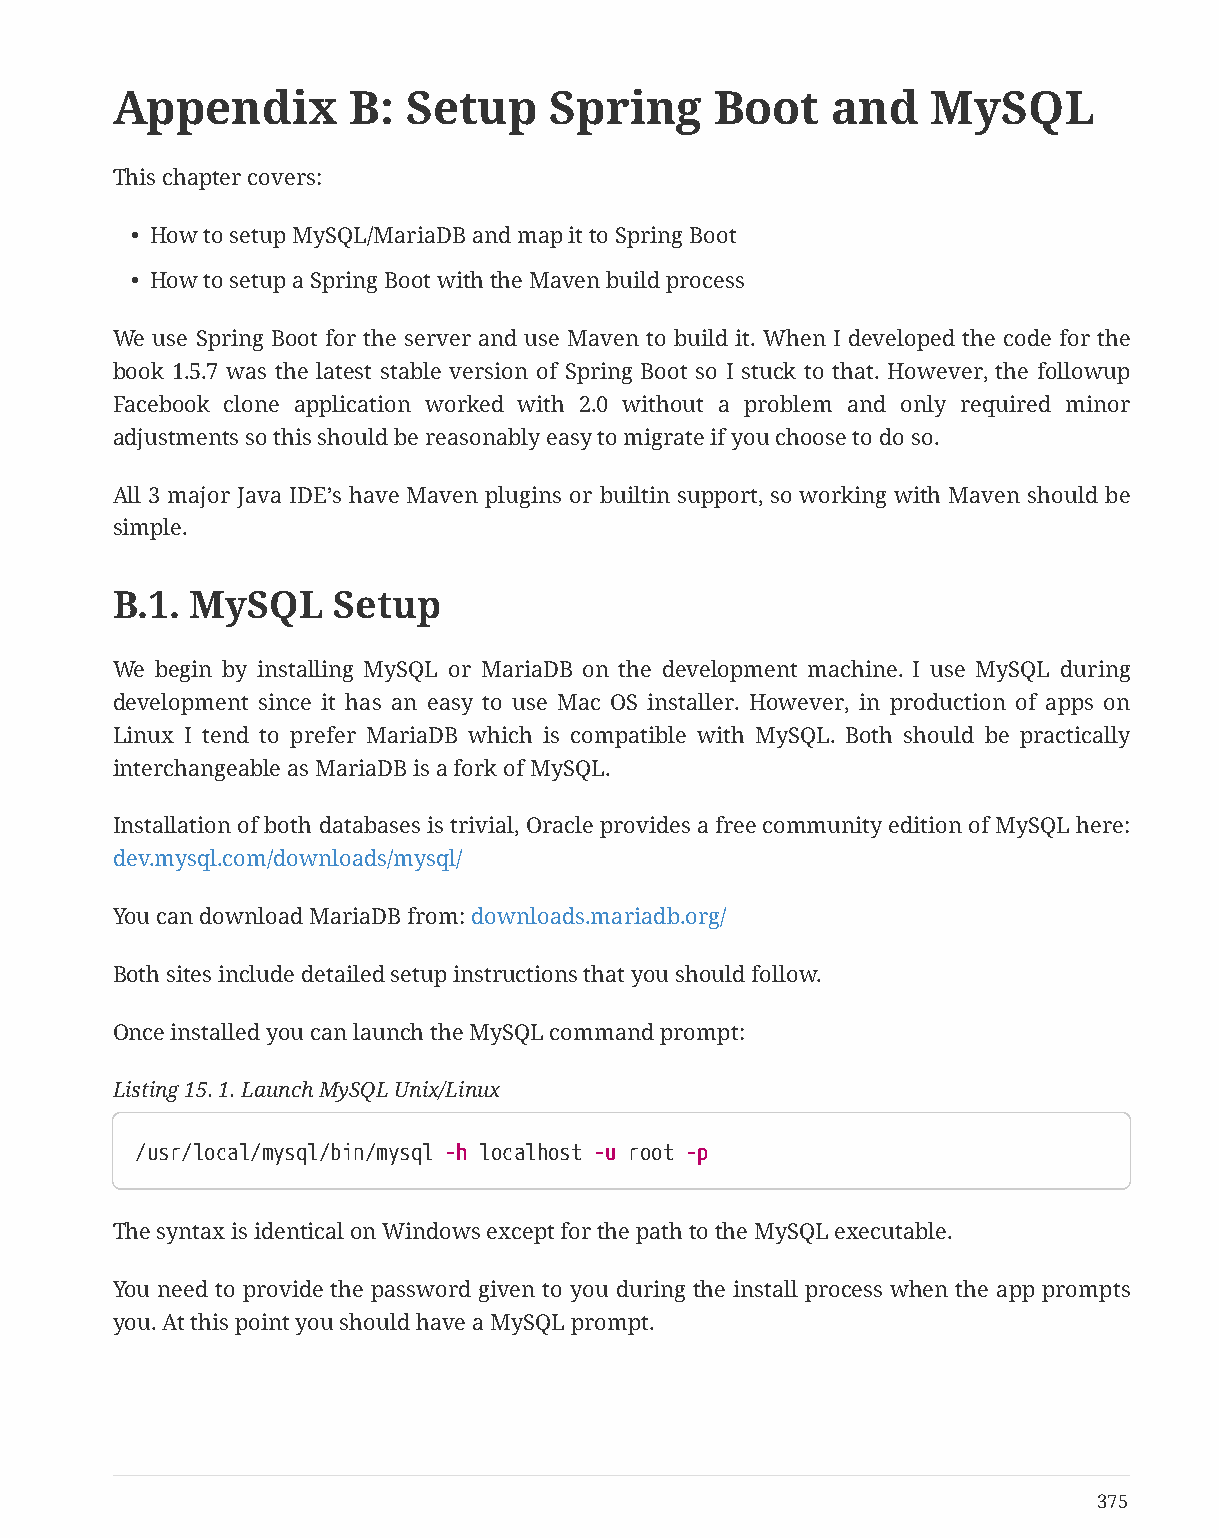
Appendix        B:  Setup    Spring     Boot    and    MySQL
 This chapter covers:
 • How to setup MySQL/MariaDB and map it to Spring Boot
 • How to setup a Spring Boot with the Maven build process
 We use Spring Boot for the server and use Maven to build it. When I developed the code for the
 book 1.5.7 was the latest stable version of Spring Boot so I stuck to that. However, the followup
 Facebook clone application worked with 2.0 without a problem and only required minor
 adjustments so this should be reasonably easy to migrate if you choose to do so.
 All 3 major Java IDE’s have Maven plugins or builtin support, so working with Maven should be
 simple.
 B.1.  MySQL    Setup
 We begin by installing MySQL or MariaDB on the development machine. I use MySQL during
 development since it has an easy to use Mac OS installer. However, in production of apps on
 Linux I tend to prefer MariaDB which is compatible with MySQL. Both should be practically
 interchangeable as MariaDB is a fork of MySQL.
 Installation of both databases is trivial, Oracle provides a free community edition of MySQL here:
 dev.mysql.com/downloads/mysql/
 You can download MariaDB from: downloads.mariadb.org/
 Both sites include detailed setup instructions that you should follow.
 Once installed you can launch the MySQL command prompt:
 Listing 15. 1. Launch MySQL Unix/Linux
 /usr/local/mysql/bin/mysql -h localhost -u root -p
 The syntax is identical on Windows except for the path to the MySQL executable.
 You need to provide the password given to you during the install process when the app prompts
 you. At this point you should have a MySQL prompt.
 375